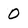
Character: 0